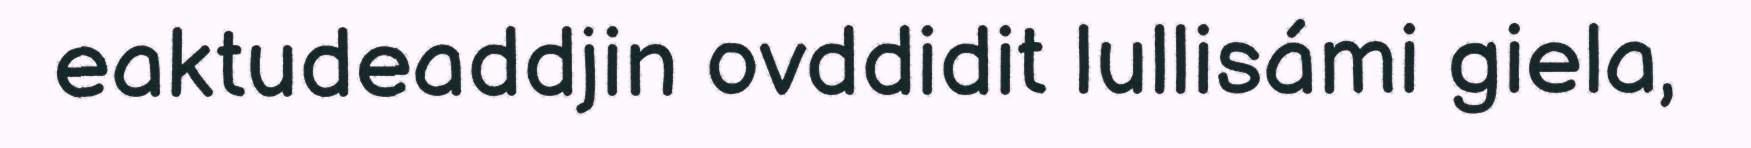
eaktudeaddjin ovddidit lullisámi giela,